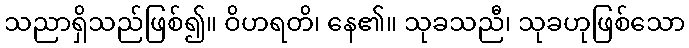
သညာရှိသည်ဖြစ်၍။ ဝိဟရတိ၊ နေ၏။ သုခသညီ၊ သုခဟုဖြစ်သော